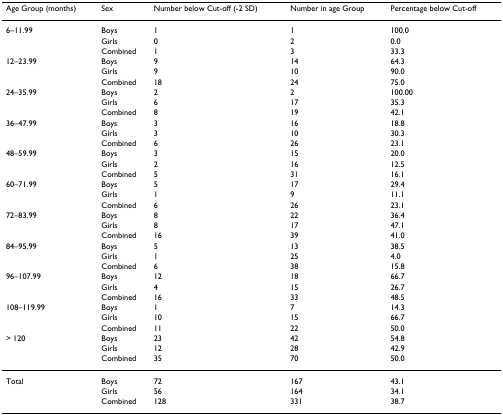
| Age Group (months) | Sex | Number below Cut-off (-2 SD) | Number in age Group | Percentage below Cut-off |
 | --- | --- | --- | --- | --- |
 | 6–11.99 | Boys | 1 | 1 | 100.0 |
 |  | Girls | 0 | 2 | 0.0 |
 |  | Combined | 1 | 3 | 33.3 |
 | 12–23.99 | Boys | 9 | 14 | 64.3 |
 |  | Girls | 9 | 10 | 90.0 |
 |  | Combined | 18 | 24 | 75.0 |
 | 24–35.99 | Boys | 2 | 2 | 100.00 |
 |  | Girls | 6 | 17 | 35.3 |
 |  | Combined | 8 | 19 | 42.1 |
 | 36–47.99 | Boys | 3 | 16 | 18.8 |
 |  | Girls | 3 | 10 | 30.3 |
 |  | Combined | 6 | 26 | 23.1 |
 | 48–59.99 | Boys | 3 | 15 | 20.0 |
 |  | Girls | 2 | 16 | 12.5 |
 |  | Combined | 5 | 31 | 16.1 |
 | 60–71.99 | Boys | 5 | 17 | 29.4 |
 |  | Girls | 1 | 9 | 11.1 |
 |  | Combined | 6 | 26 | 23.1 |
 | 72–83.99 | Boys | 8 | 22 | 36.4 |
 |  | Girls | 8 | 17 | 47.1 |
 |  | Combined | 16 | 39 | 41.0 |
 | 84–95.99 | Boys | 5 | 13 | 38.5 |
 |  | Girls | 1 | 25 | 4.0 |
 |  | Combined | 6 | 38 | 15.8 |
 | 96–107.99 | Boys | 12 | 18 | 66.7 |
 |  | Girls | 4 | 15 | 26.7 |
 |  | Combined | 16 | 33 | 48.5 |
 | 108–119.99 | Boys | 1 | 7 | 14.3 |
 |  | Girls | 10 | 15 | 66.7 |
 |  | Combined | 11 | 22 | 50.0 |
 | > 120 | Boys | 23 | 42 | 54.8 |
 |  | Girls | 12 | 28 | 42.9 |
 |  | Combined | 35 | 70 | 50.0 |
 | Total | Boys | 72 | 167 | 43.1 |
 |  | Girls | 56 | 164 | 34.1 |
 |  | Combined | 128 | 331 | 38.7 |